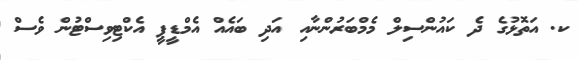
ކ. އަތޮޅުގެ ދެ ކައުންސިލް މެމްބަރުންނާއި އަދި ބައެއް އެމްޑީޕީ އެކްޓިވިސްޓުން ވެސް